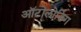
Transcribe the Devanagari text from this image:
ऑटोलोडिंग